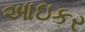
આઇકર